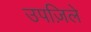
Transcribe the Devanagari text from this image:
उपज़िले